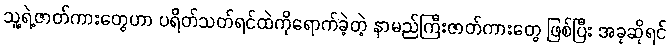
သူ့ရဲ့ဇာတ်ကားတွေဟာ ပရိတ်သတ်ရင်ထဲကိုရောက်ခဲ့တဲ့ နာမည်ကြီးဇာတ်ကားတွေ ဖြစ်ပြီး အခုဆိုရင်